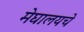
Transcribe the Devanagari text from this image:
मेघालयचे